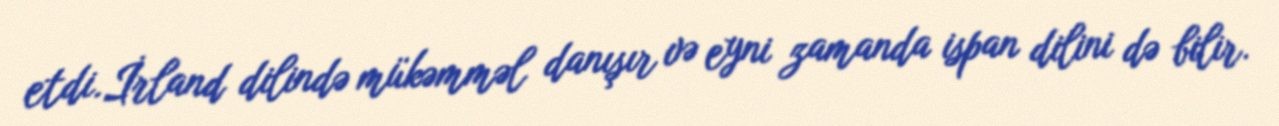
etdi.İrland dilində mükəmməl danışır və eyni zamanda ispan dilini də bilir.